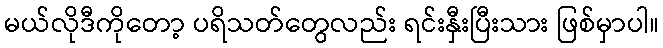
မယ်လိုဒီကိုတော့ ပရိသတ်တွေလည်း ရင်းနှီးပြီးသား ဖြစ်မှာပါ။